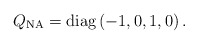
\begin{align*}Q_{\rm NA} = {\rm diag}\, (-1,0,1,0) \, .\end{align*}